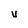
Character: v